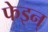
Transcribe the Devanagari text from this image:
फेइन्